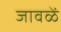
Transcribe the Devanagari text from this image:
जावळें